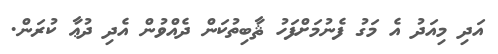
އަދި މިއަދު އެ މަގު ފެނުމަށްފަހު ޘާބިތުކަން ދެއްވުން އެދި ދުޢާ ކުރަން.